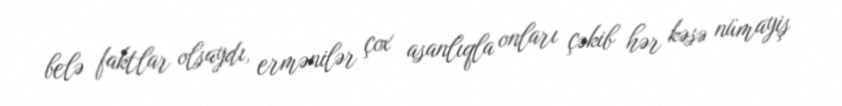
belə faktlar olsaydı, ermənilər çox asanlıqla onları çəkib hər kəsə nümayiş